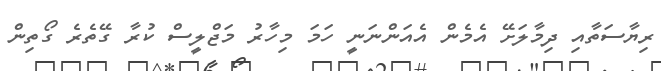
ރިޔާސަތާއި ދިމާލަށޭ އެމެން އެއަންނަނީ ހަމަ މިހާރު މަޖްލީސް ކުރާ ގޭތެރެ ގޯތިން